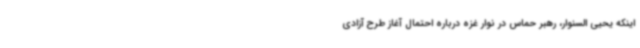
اینکه یحیی السنوار، رهبر حماس در نوار غزه درباره احتمال آغاز طرح آزادی